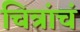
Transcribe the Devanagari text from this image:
चित्रांचं